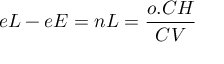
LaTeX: e L - e E = n L = { \frac { o . C H } { C V } }